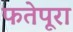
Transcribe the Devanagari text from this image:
फतेपूरा